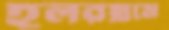
হলরম্নমে